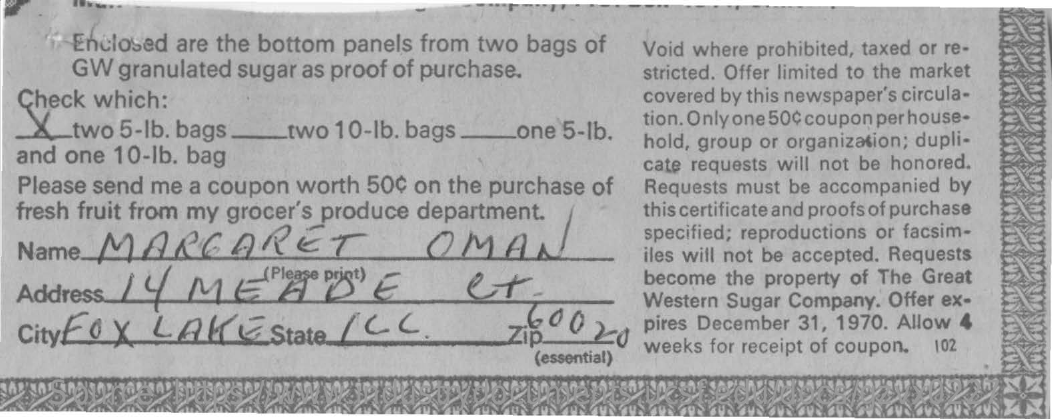
Enclosed are the bottom panels from two bags of
     GW granulated sugar as proof of purchase.
     Void where prohibited, taxed or re-
     stricted. Offer limited to the market
  Check which:    covered by this newspaper's circula-
  X_two 5-lb. bags __ two 10-lb. bags
     tion. Only one 50¢ coupon per house-
  and one 10-lb. bag
     one 5-1b. hold, group or organization; dupli-
  Please send me a coupon worth 50c on the purchase of
     cate requests will not be honored.
  fresh fruit from my grocer's produce department.
     Requests must be accompanied by
     this certificate and proofs of purchase
  Name_ MARGARET    OMAN
     specified; reproductions or facsim-
     iles will not be accepted. Requests
  Address / MESE
     become the property of The Great
     Western Sugar Company. Offer ex-
  City FOX LAKTE State / CC.    60020 Zip_
     pires December 31, 1970. Allow
     (essential) weeks for receipt of coupon. 102
    Source: https://www.industrydocuments.ucsf.edu/docs/gzvx0227